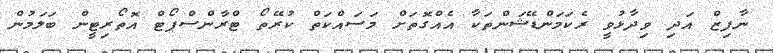
ނާފިޒް އަދި ވިދާޅުވީ ރެކަމަންޑޭޝަންތަކާ އެއްގޮތަށް މަސައްކަތް ކުރޭތޯ ޓްރާންސްޕޯޓް އޮތޯރިޓީން ބަލަމުން